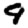
Digit: 9